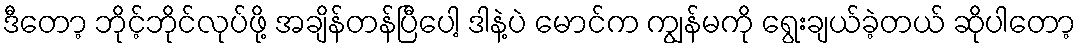
ဒီတော့ ဘိုင့်ဘိုင်လုပ်ဖို့ အချိန်တန်ပြီပေါ့ ဒါနဲ့ပဲ မောင်က ကျွန်မကို ရွေးချယ်ခဲ့တယ် ဆိုပါတော့